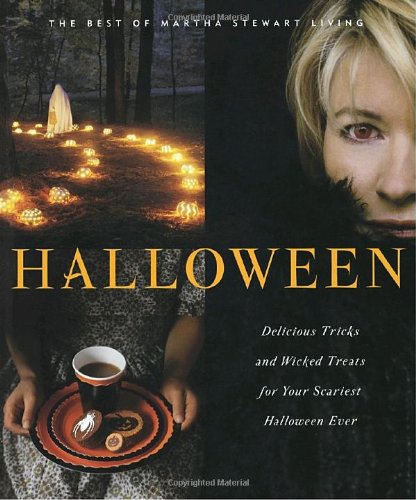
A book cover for Halloween: The Best of Martha Stewart Living; Martha Stewart Living Magazine; Cookbooks, Food & Wine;